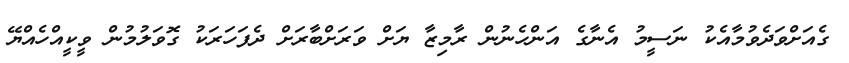
ގެއަށްވަދެވުމާއެކު ނަސީމު އެނާގެ އަންހެނުން ރާމިޒާ ޔަށް ވަރަށްބާރަށްް ދެފަހަރަކު ގޮވަލުމުން ވީކީއްހެއްޔޭ